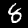
Digit: 8